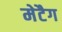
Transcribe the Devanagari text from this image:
मेटैग